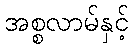
အစ္စလာမ်နှင့်